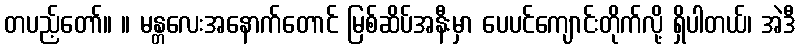
တပည့်တော်။ ။ မန္တလေးအနောက်တောင် မြစ်ဆိပ်အနီးမှာ ပေပင်ကျောင်းတိုက်လို့ ရှိပါတယ်၊ အဲဒီ